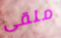
ملقى